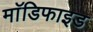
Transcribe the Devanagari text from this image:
माॅडिफाइड